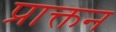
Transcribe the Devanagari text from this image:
प्राक्तन